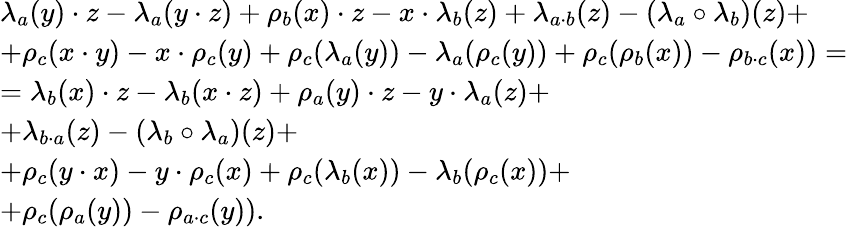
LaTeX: \begin{array}{l}{\lambda_{a}(y)\cdot z-\lambda_{a}(y\cdot z)+\rho_{b}(x)\cdot z-x\cdot\lambda_{b}(z)+\lambda_{a\cdot b}(z)-(\lambda_{a}\circ\lambda_{b})(z)+}\\ {+\rho_{c}(x\cdot y)-x\cdot\rho_{c}(y)+\rho_{c}(\lambda_{a}(y))-\lambda_{a}(\rho_{c}(y))+\rho_{c}(\rho_{b}(x))-\rho_{b\cdot c}(x))=}\\ {=\lambda_{b}(x)\cdot z-\lambda_{b}(x\cdot z)+\rho_{a}(y)\cdot z-y\cdot\lambda_{a}(z)+}\\ {+\lambda_{b\cdot a}(z)-(\lambda_{b}\circ\lambda_{a})(z)+}\\ {+\rho_{c}(y\cdot x)-y\cdot\rho_{c}(x)+\rho_{c}(\lambda_{b}(x))-\lambda_{b}(\rho_{c}(x))+}\\ {+\rho_{c}(\rho_{a}(y))-\rho_{a\cdot c}(y)).}\end{array}